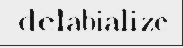
delabialize